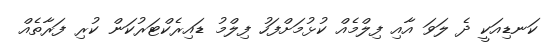
ކަނޑިއަކީ ދެ ލަވަ އާއި ފިލްމެއް ކުޅުމަށްފަހު ފިލްމު ޑައިރެކްޓަރުކަން ކުރި ފަރާތެއް